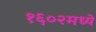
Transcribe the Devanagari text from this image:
१६०२मध्ये